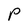
Character: P